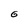
Character: 6